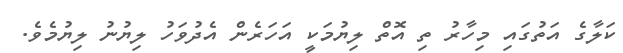
ކަލާގެ އަތުގައި މިހާރު ތި އޮތް ލިޔުމަކީ އަހަރެން އެދުވަހު ލިޔުނު ލިޔުމެވެ.